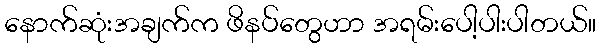
နောက်ဆုံးအချက်က ဖိနပ်တွေဟာ အရမ်းပေါ့ပါးပါတယ်။